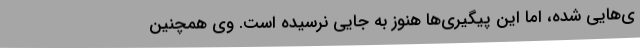
ی‌هایی شده،‌ اما این پیگیری‌ها هنوز به جایی نرسیده‌ است. وی همچنین